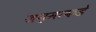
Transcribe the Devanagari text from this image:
जन्माकडे